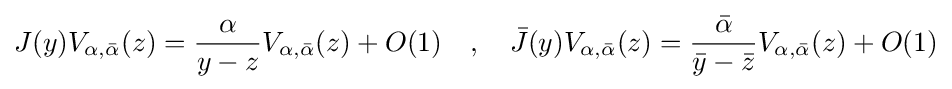
J(y)V_{\alpha ,{\bar {\alpha }}}(z)={\frac {\alpha }{y-z}}V_{\alpha ,{\bar {\alpha }}}(z)+O(1)\quad ,\quad {\bar {J}}(y)V_{\alpha ,{\bar {\alpha }}}(z)={\frac {\bar {\alpha }}{{\bar {y}}-{\bar {z}}}}V_{\alpha ,{\bar {\alpha }}}(z)+O(1)